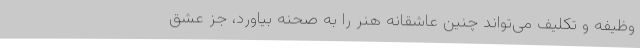
وظیفه و تکلیف می‌تواند چنین عاشقانه هنر را به صحنه بیاورد، جز عشق